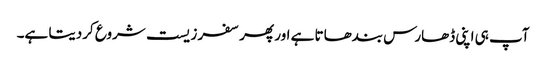
آپ ہی اپنی ڈھارس بندھاتا ہے اور پھر سفر زیست شروع کردیتا ہے۔